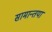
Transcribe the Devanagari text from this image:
सामान्तया